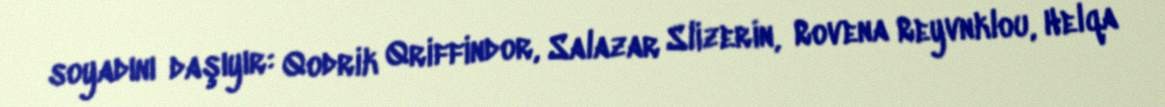
soyadını daşıyır: Qodrik Qriffindor, Salazar Slizerin, Rovena Reyvnklou, Helqa